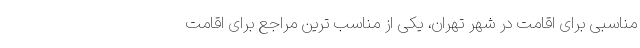
مناسبی برای اقامت در شهر تهران، یکی از مناسب ترین مراجع برای اقامت